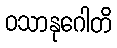
ဝသာနုဂေါတိ